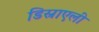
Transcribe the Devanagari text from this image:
डिस्राएली